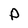
Character: P